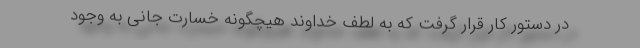
در دستور کار قرار گرفت که به لطف خداوند هیچگونه خسارت جانی به وجود